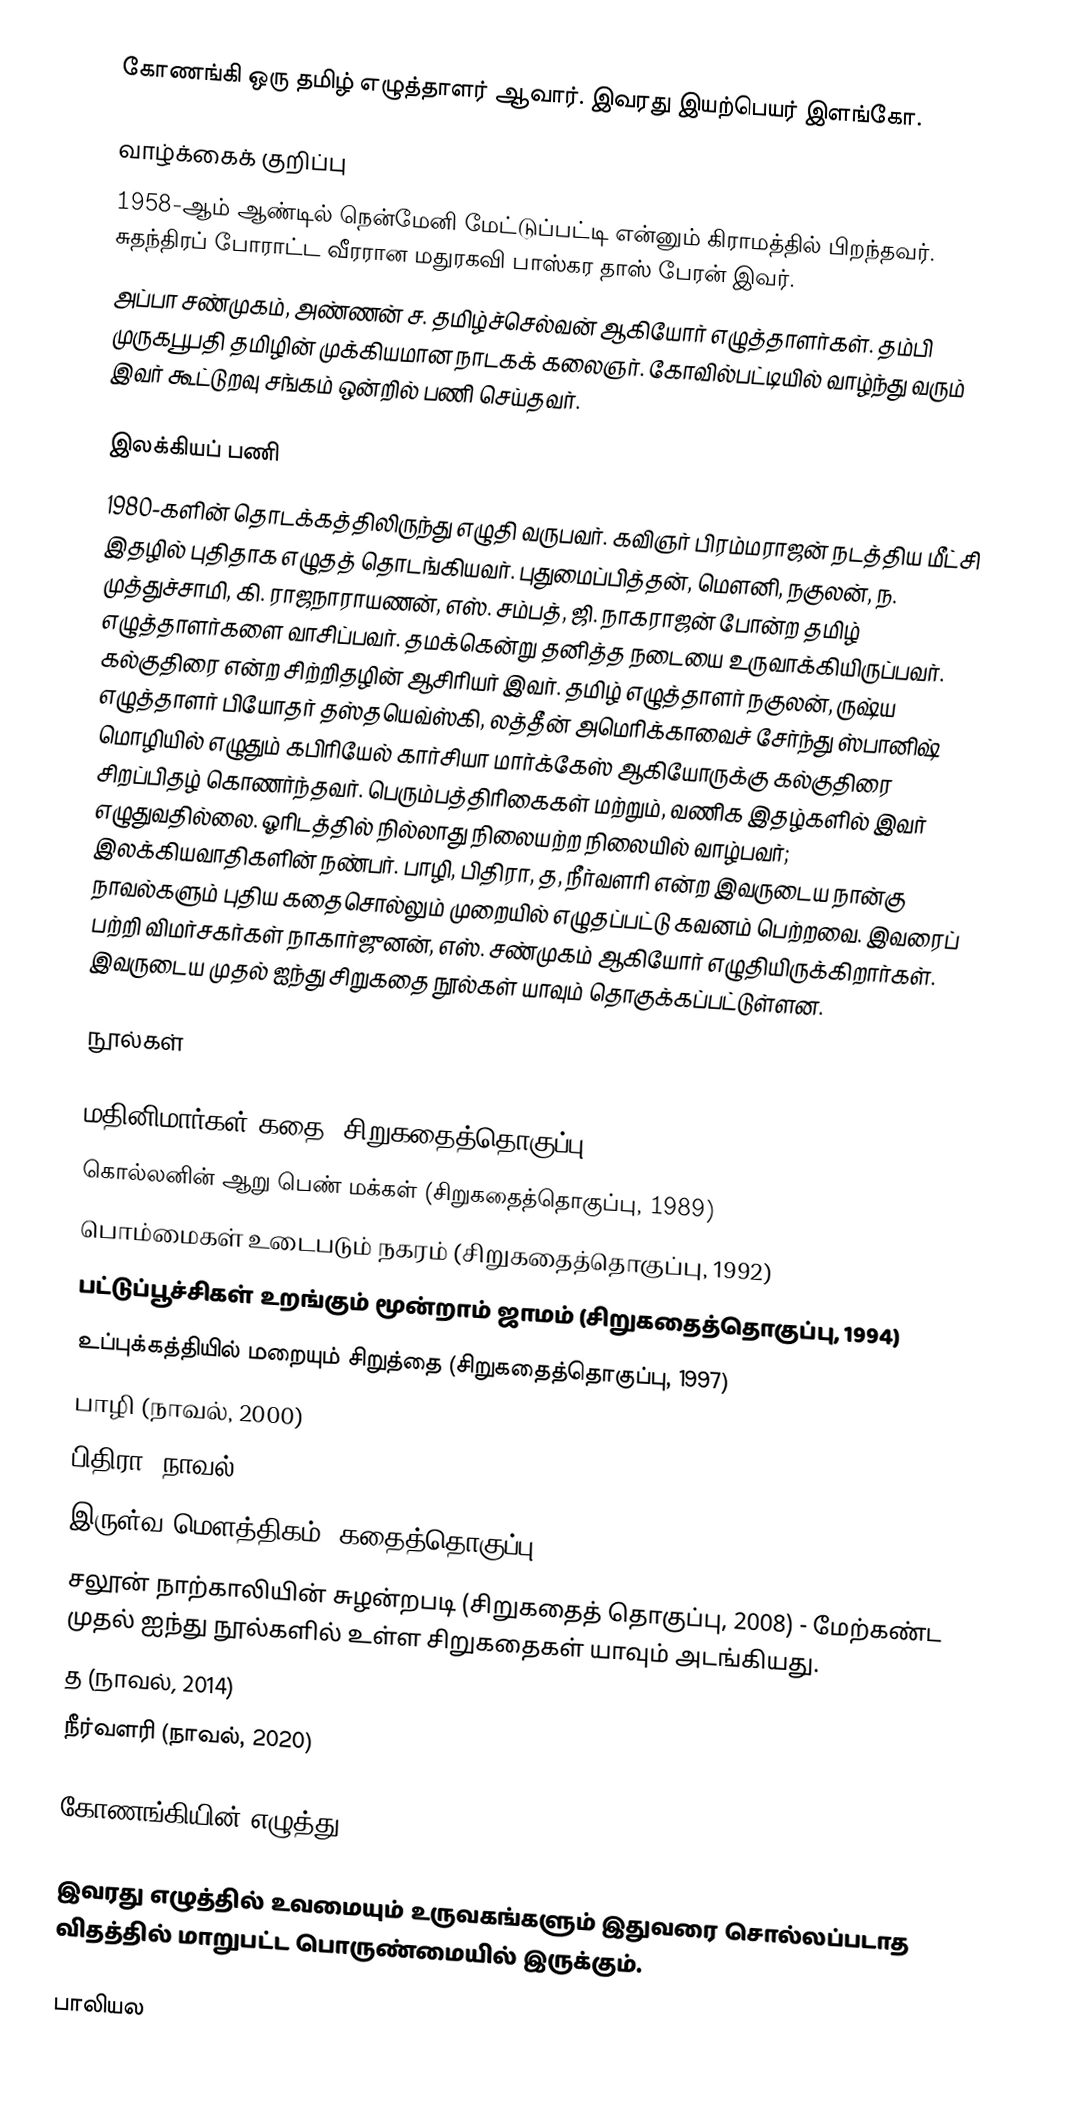
கோணங்கி ஒரு தமிழ் எழுத்தாளர் ஆவார். இவரது இயற்பெயர் இளங்கோ.

வாழ்க்கைக் குறிப்பு
1958-ஆம் ஆண்டில் நென்மேனி மேட்டுப்பட்டி என்னும் கிராமத்தில் பிறந்தவர். சுதந்திரப் போராட்ட வீரரான மதுரகவி பாஸ்கர தாஸ் பேரன் இவர்.
அப்பா சண்முகம், அண்ணன் ச. தமிழ்ச்செல்வன் ஆகியோர் எழுத்தாளர்கள். தம்பி முருகபூபதி தமிழின் முக்கியமான நாடகக் கலைஞர். கோவில்பட்டியில் வாழ்ந்து வரும் இவர் கூட்டுறவு சங்கம் ஒன்றில் பணி செய்தவர்.

இலக்கியப் பணி
1980-களின் தொடக்கத்திலிருந்து எழுதி வருபவர். கவிஞர் பிரம்மராஜன் நடத்திய மீட்சி இதழில் புதிதாக எழுதத் தொடங்கியவர். புதுமைப்பித்தன், மௌனி, நகுலன், ந. முத்துச்சாமி, கி. ராஜநாராயணன், எஸ். சம்பத், ஜி. நாகராஜன் போன்ற தமிழ் எழுத்தாளர்களை வாசிப்பவர். தமக்கென்று தனித்த நடையை உருவாக்கியிருப்பவர். கல்குதிரை என்ற சிற்றிதழின் ஆசிரியர் இவர். தமிழ் எழுத்தாளர் நகுலன், ருஷ்ய எழுத்தாளர் பியோதர் தஸ்தயெவ்ஸ்கி, லத்தீன் அமெரிக்காவைச் சேர்ந்து ஸ்பானிஷ் மொழியில் எழுதும் கபிரியேல் கார்சியா மார்க்கேஸ் ஆகியோருக்கு கல்குதிரை சிறப்பிதழ் கொணர்ந்தவர். பெரும்பத்திரிகைகள் மற்றும், வணிக இதழ்களில் இவர் எழுதுவதில்லை. ஓரிடத்தில் நில்லாது நிலையற்ற நிலையில் வாழ்பவர்; இலக்கியவாதிகளின் நண்பர். பாழி, பிதிரா, த, நீர்வளரி  என்ற இவருடைய நான்கு நாவல்களும் புதிய கதைசொல்லும் முறையில் எழுதப்பட்டு கவனம் பெற்றவை. இவரைப் பற்றி விமர்சகர்கள் நாகார்ஜுனன், எஸ். சண்முகம் ஆகியோர் எழுதியிருக்கிறார்கள். இவருடைய முதல் ஐந்து சிறுகதை நூல்கள் யாவும் தொகுக்கப்பட்டுள்ளன.

நூல்கள்

 மதினிமார்கள் கதை (சிறுகதைத்தொகுப்பு, 1986)
 கொல்லனின் ஆறு பெண் மக்கள் (சிறுகதைத்தொகுப்பு, 1989)
 பொம்மைகள் உடைபடும் நகரம் (சிறுகதைத்தொகுப்பு, 1992)
 பட்டுப்பூச்சிகள் உறங்கும் மூன்றாம் ஜாமம் (சிறுகதைத்தொகுப்பு, 1994)
 உப்புக்கத்தியில் மறையும் சிறுத்தை (சிறுகதைத்தொகுப்பு, 1997)
 பாழி (நாவல், 2000)
 பிதிரா (நாவல், 2004)
 இருள்வ மௌத்திகம் (கதைத்தொகுப்பு, 2007)
 சலூன் நாற்காலியின் சுழன்றபடி (சிறுகதைத் தொகுப்பு, 2008) - மேற்கண்ட முதல் ஐந்து நூல்களில் உள்ள சிறுகதைகள் யாவும் அடங்கியது.
 த (நாவல், 2014)
 நீர்வளரி (நாவல், 2020)

கோணங்கியின் எழுத்து

இவரது எழுத்தில் உவமையும் உருவகங்களும் இதுவரை சொல்லப்படாத விதத்தில் மாறுபட்ட பொருண்மையில் இருக்கும்.

பாலியல